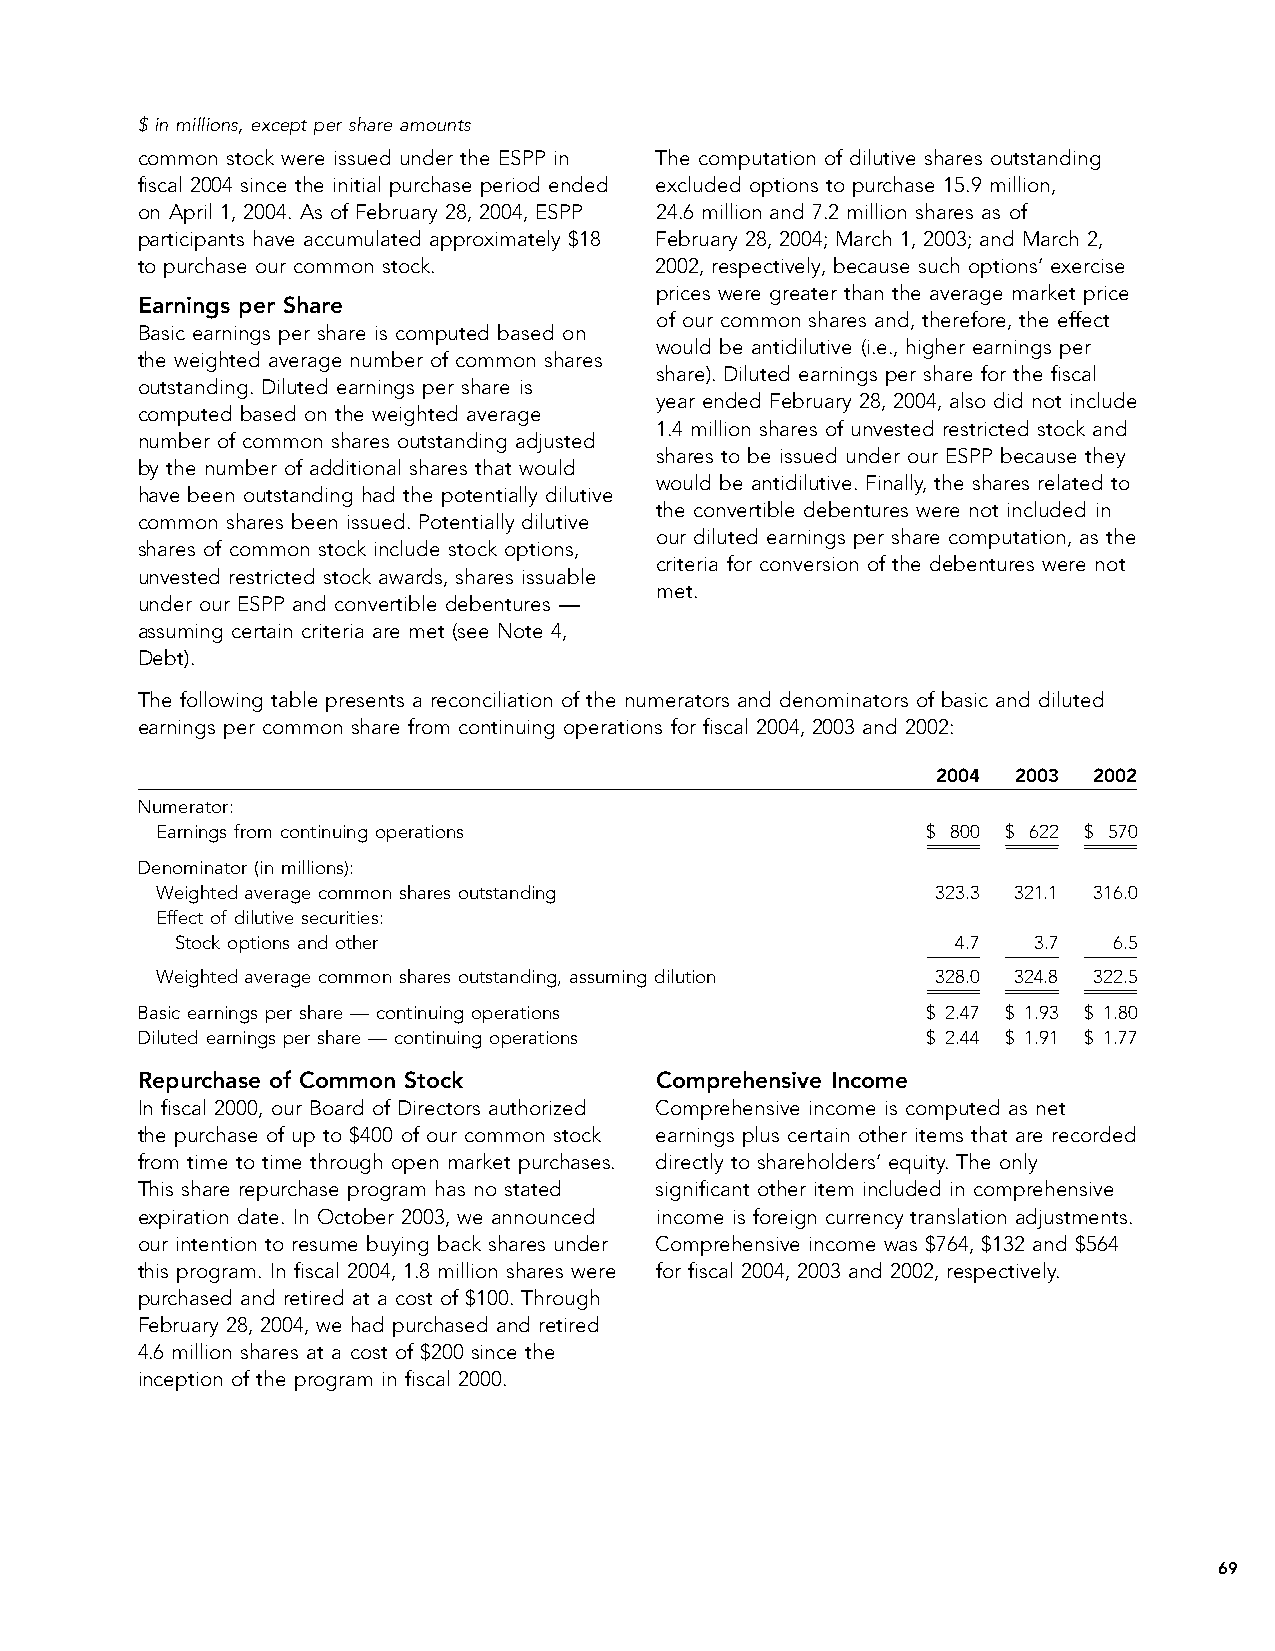
$ in millions, except per share amounts
 common stock were issued under the ESPP in The computation of dilutive shares outstanding
 fiscal 2004 since the initial purchase period ended excluded options to purchase 15.9 million,
 on April 1, 2004. As of February 28, 2004, ESPP 24.6 million and 7.2 million shares as of
 participants have accumulated approximately $18 February 28, 2004; March 1, 2003; and March 2,
 to purchase our common stock.     2002, respectively, because such options’ exercise
 prices were greater than the average market price
 Earnings per Share
 of our common shares and, therefore, the effect
 Basic earnings per share is computed based on
 would be antidilutive (i.e., higher earnings per
 the weighted average number of common shares
 share). Diluted earnings per share for the fiscal
 outstanding. Diluted earnings per share is
 year ended February 28, 2004, also did not include
 computed based on the weighted average
 1.4 million shares of unvested restricted stock and
 number of common shares outstanding adjusted
 shares to be issued under our ESPP because they
 by the number of additional shares that would
 would be antidilutive. Finally, the shares related to
 have been outstanding had the potentially dilutive
 the convertible debentures were not included in
 common shares been issued. Potentially dilutive
 our diluted earnings per share computation, as the
 shares of common stock include stock options,
 criteria for conversion of the debentures were not
 unvested restricted stock awards, shares issuable
 met.
 under our ESPP and convertible debentures —
 assuming certain criteria are met (see Note 4,
 Debt).
 The following table presents a reconciliation of the numerators and denominators of basic and diluted
 earnings per common share from continuing operations for fiscal 2004, 2003 and 2002:
 2004 2003 2002
 Numerator:
 Earnings from continuing operations                $ 800 $ 622 $ 570
 Denominator (in millions):
 Weighted average common shares outstanding          323.3 321.1 316.0
 Effect of dilutive securities:
 Stock options and other                            4.7  3.7   6.5
 Weighted average common shares outstanding, assuming dilution 328.0 324.8 322.5
 Basic earnings per share — continuing operations    $ 2.47 $ 1.93 $ 1.80
 Diluted earnings per share — continuing operations  $ 2.44 $ 1.91 $ 1.77
 Repurchase of Common Stock        Comprehensive Income
 In fiscal 2000, our Board of Directors authorized Comprehensive income is computed as net
 the purchase of up to $400 of our common stock earnings plus certain other items that are recorded
 from time to time through open market purchases. directly to shareholders’ equity. The only
 This share repurchase program has no stated significant other item included in comprehensive
 expiration date. In October 2003, we announced income is foreign currency translation adjustments.
 our intention to resume buying back shares under Comprehensive income was $764, $132 and $564
 this program. In fiscal 2004, 1.8 million shares were for fiscal 2004, 2003 and 2002, respectively.
 purchased and retired at a cost of $100. Through
 February 28, 2004, we had purchased and retired
 4.6 million shares at a cost of $200 since the
 inception of the program in fiscal 2000.
 69